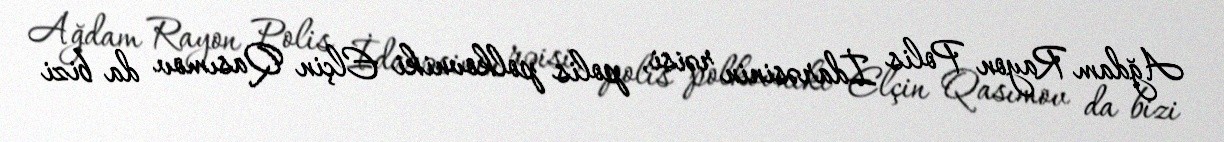
Ağdam Rayon Polis İdarəsinin rəisi, polis polkovniki Elçin Qasımov da bizi